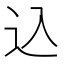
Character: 込